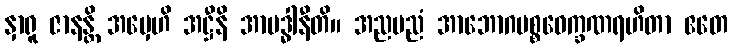
နှာရူ ဇာနန္တိ အမှေဟိ အဋ္ဌီနိ အာဗဒ္ဓါနီတိ။ အညမညံ အာဘောဂပစ္စဝေက္ခဏရဟိတာ ဧတေ